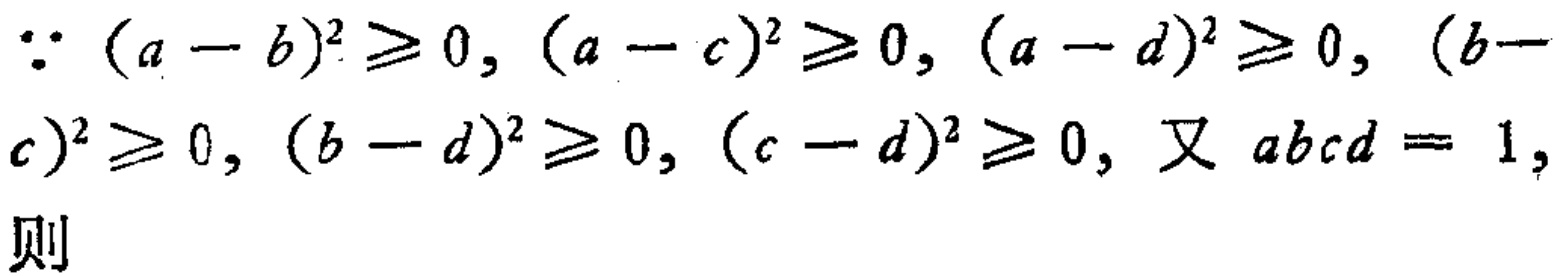
\(\because (a - b)^{2} \geq 0, (a - c)^{2} \geq 0, (a - d)^{2} \geq 0, (b - c)^{2} \geq 0, (b - d)^{2} \geq 0, (c - d)^{2} \geq 0, \text{ 又 } abcd = 1,\text{ 则}\)